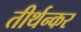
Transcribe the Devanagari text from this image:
तीर्थन्कर